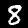
Label: 8